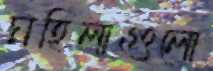
মহিলাগুলো